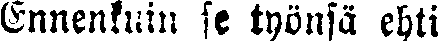
Ennenkuin se työnsä ehti